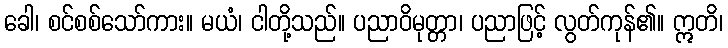
ခေါ၊ စင်စစ်သော်ကား။ မယံ၊ ငါတို့သည်။ ပညာဝိမုတ္တာ၊ ပညာဖြင့် လွတ်ကုန်၏။ ဣတိ၊